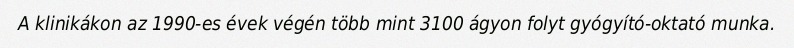
A klinikákon az 1990-es évek végén több mint 3100 ágyon folyt gyógyító-oktató munka.